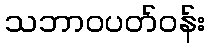
သဘာဝပတ်ဝန်း